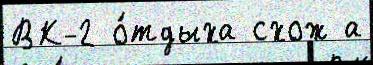
ВК-2 о́тдыха схож а